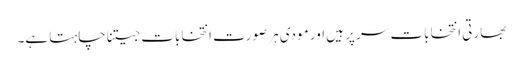
بھارتی انتخابات سر پر ہیں اور مودی ہر صورت انتخابات جیتنا چاہتا ہے۔